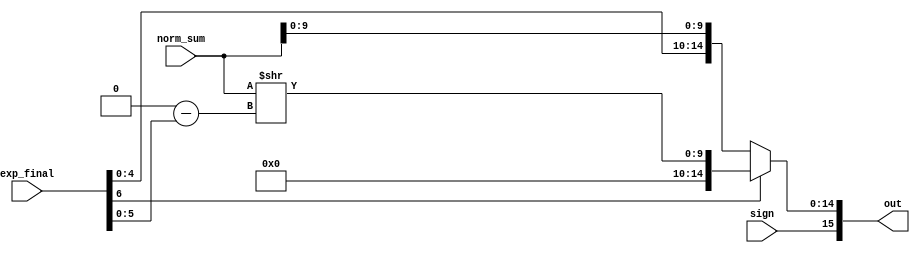
module subnormal_handling (input [6:0] exp_final, 
                           input sign, 
                           input [10:0] norm_sum, 
                           output reg [15:0] out);
    reg [5:0] exp_final_unsign;
    reg [10:0] temp;

    always @ (exp_final or sign or norm_sum) begin
        // exp_final < 0
        if (exp_final[6]) begin
            exp_final_unsign = 7'b1000000 - exp_final[5:0];
            temp = norm_sum >> exp_final_unsign;
            out = {sign, 5'b0, temp[9:0]};
        end

        // exp_final >= 0
        else begin
            out = {sign, exp_final[4:0], norm_sum[9:0]};
        end
    end
    
endmodule